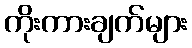
ကိုးကားချက်များ